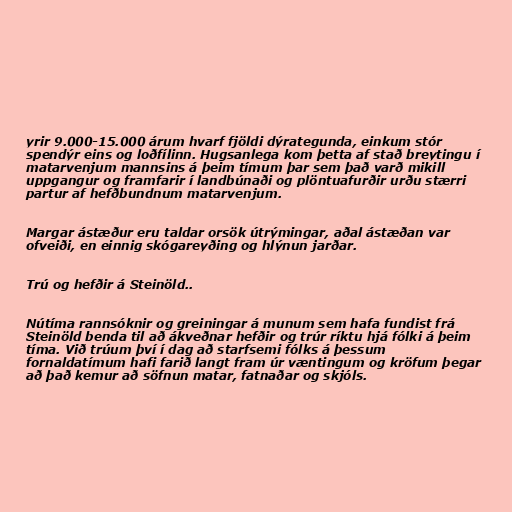
yrir 9.000-15.000 árum hvarf fjöldi dýrategunda, einkum stór
spendýr eins og loðfílinn. Hugsanlega kom þetta af stað breytingu í
matarvenjum mannsins á þeim tímum þar sem það varð mikill
uppgangur og framfarir í landbúnaði og plöntuafurðir urðu stærri
partur af hefðbundnum matarvenjum.

Margar ástæður eru taldar orsök útrýmingar, aðal ástæðan var
ofveiði, en einnig skógareyðing og hlýnun jarðar.

Trú og hefðir á Steinöld..

Nútíma rannsóknir og greiningar á munum sem hafa fundist frá
Steinöld benda til að ákveðnar hefðir og trúr ríktu hjá fólki á þeim
tíma. Við trúum því í dag að starfsemi fólks á þessum
fornaldatímum hafi farið langt fram úr væntingum og kröfum þegar
að það kemur að söfnun matar, fatnaðar og skjóls.